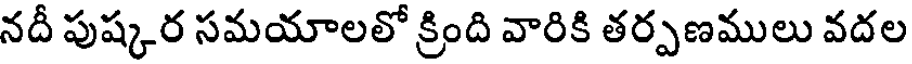
నదీ పుష్కర సమయాలలో క్రింది వారికి తర్పణములు వదల